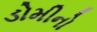
ડોમીનો